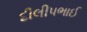
દીલીપભાઈ